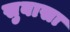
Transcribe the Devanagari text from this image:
सुबासा